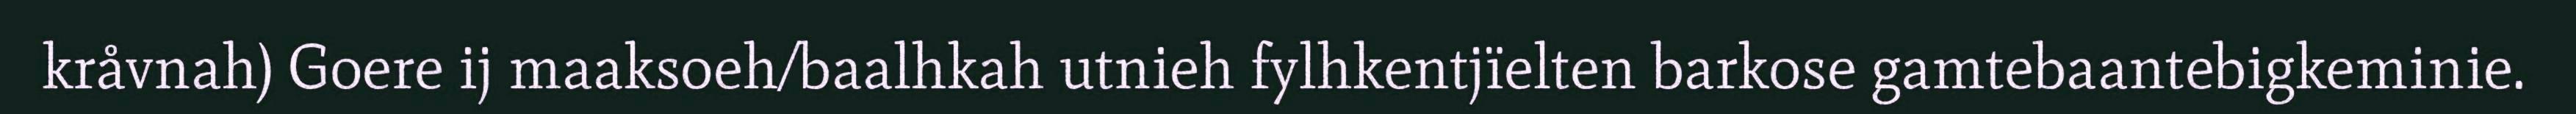
kråvnah) Goere ij maaksoeh/baalhkah utnieh fylhkentjïelten barkose gamtebaantebigkeminie.